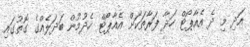
އަދި މި ދެ އެއާޕޯޓް ހަދާ ފަރާތަކަށް އެއާޕޯޓް ހެދުމުން ބަދަލެއްގެ ގޮތުގައި